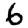
Digit: 6